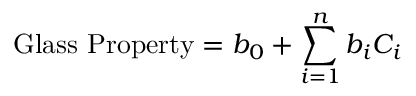
{ \mathrm { G l a s s ~ P r o p e r t y } } = b _ { 0 } + \sum _ { i = 1 } ^ { n } b _ { i } C _ { i }